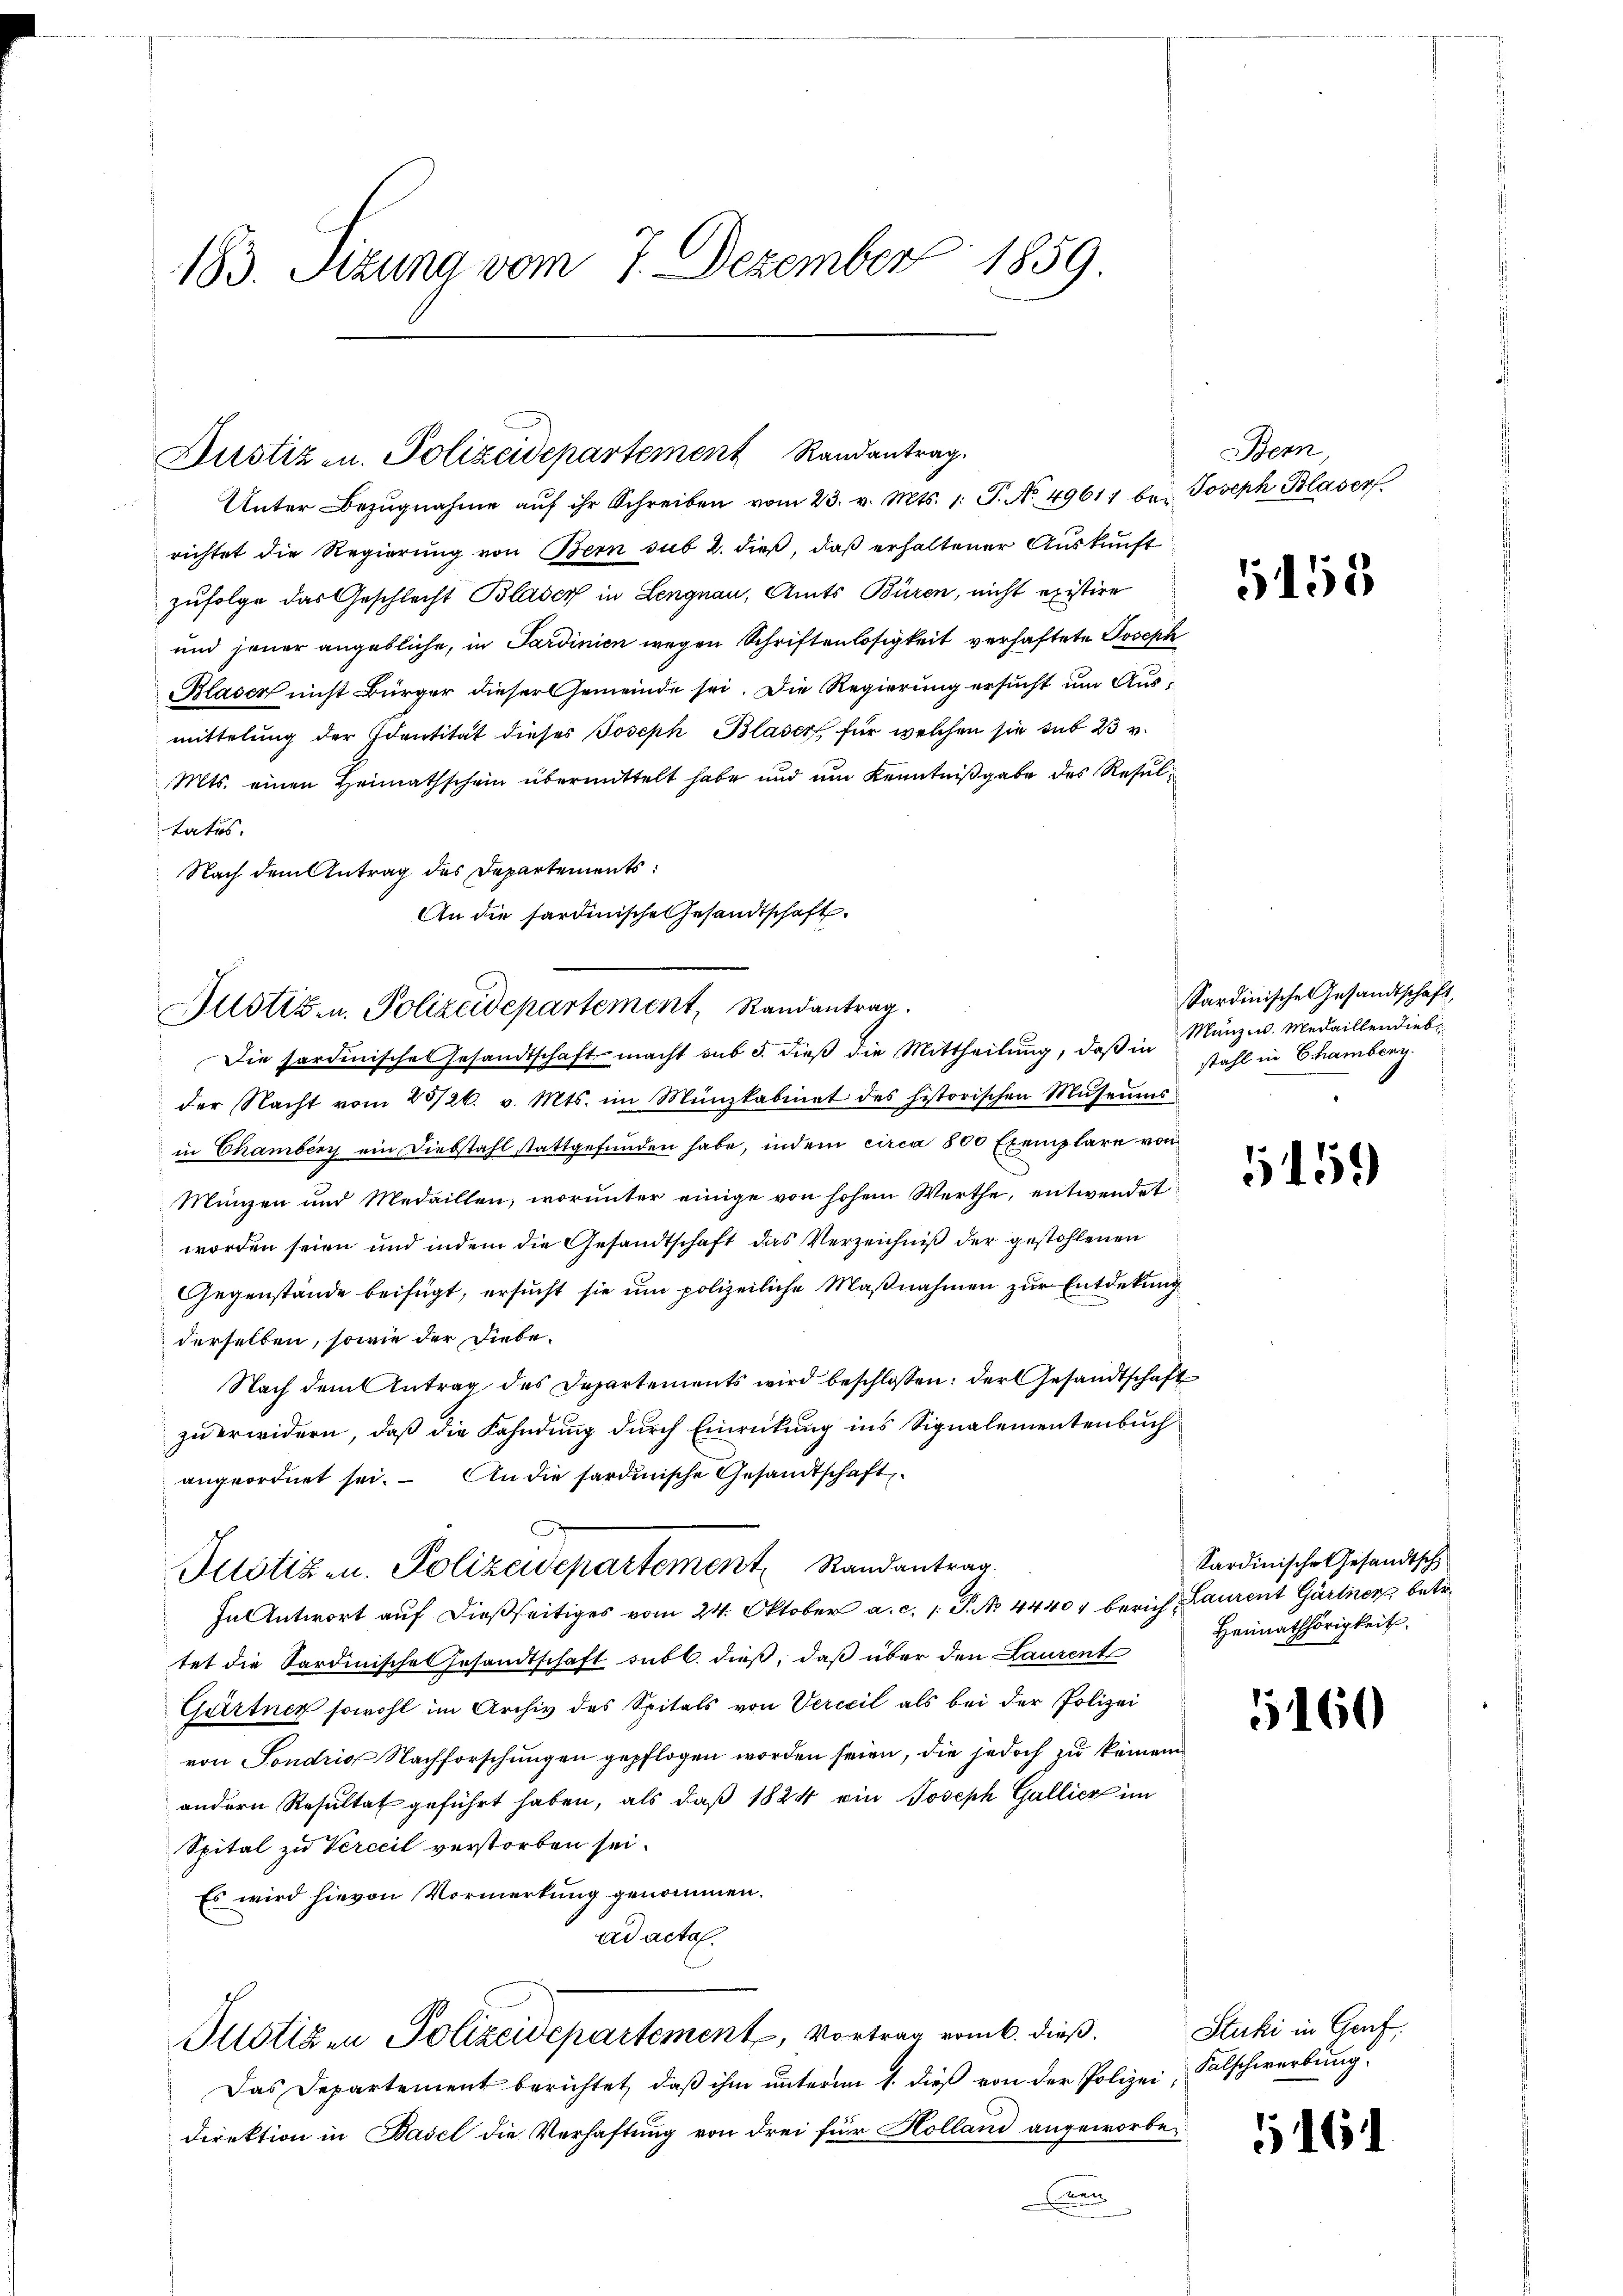
183. Sizung vom 7. Dezember 1859.

richtet die Regierung von Bern sub 2. dieß, daß erhaltener Auskunft
zufolge das Geschlecht Blaser in Lengnau, Amts Büren, nicht existire
und jener angebliche, in Sardinien wegen Schriftenlosigkeit verhaftete Joseph
Blaser nicht Bürger dieser Gemeinde sei. Die Regierung ersucht um Ausmittelung der Identität dieses Joseph Blaser für welchen sie sub 23 v.
Mts. einen Heimathschein übermittelt habe und um Kenntnißgabe des Resultatus.
Nach dem Antrag des Departements:
An die sardinische Gesandtschaft.

Justiz u. Polizeidepartement Randantrag.
Unter Bezŭgnahme aŭf ihr Schreiben vom 23. v. Mts. 1. P. No. 49611 bei Joseph Blaser

Justiz- u. Polizeidepartement, Randantrag.
Die Sardinische Gesandtschaft macht sub 3. dieß die Mittheilung, daß in

Julotizen. Polizeidepartement Randantrag

Bern

der Nacht vom 20/26. v. Mts. im Münzkabinet des historischen Museums
in Chamberg ein Diebstahl stattgefunden habe, indem circa 800 Exemplare von
Münzen und Medaillen, worunter einige von hohen Werthe, entwendet
worden seien und indem die Gesandtschaft das Verzeichniß der gestohlenen
Gegenstände beifügt, ersucht sie um polizeiliche Maßnahmen zur Entdekung
derselben, sowie der Liebe¬
Nach dem Antrag des Departements wird beschlossen: der Gesandtschaft
zu erwidern, daß die Fahndung durch Einrückung ins Signalementenbuch
angeordnet sei. An die sardinische Gesandtschaft
In Antwort auf dießseitiges vom 24. Oktober a. c. 1. P. No. 44404 berich, Laurent Gärtner betr.
tet die Sardinische Ersandtschaft sub b. dieß, daß über den Laurent
Gärtner sowohl im Archiv des Spitals von Verteil als bei der Polizei
von Fondrig Nachforschungen gepflogen worden seien, die jedoch zu keinem
andern Resultat geführt haben, als daß 1824 ein Joseph Gallier im
Spital zu Verccil verstorben sei.
Es wird hievon Vormerkung genommen.
ad acta.
Potizen Polizeidepartement, Vortrag vom 6. dieß.
Das Departement berichtet, daß ihm unterm 1. dieß von der Polizei-Salschwerbung
direktion in Basel die Verhaftung von drei für Holland angeworbean

5158

Sardinische Gesandtschaft,
Münzw. Medaillendiebstahl in Chamberg.

515.

Sardinische Gesandtsch
Heimathörigkeit.

5160

Stuki in Genf.

5161